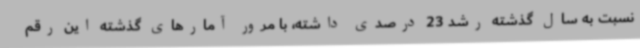
نسبت به سال گذشته رشد 23 درصدی داشته، با مرور آمارهای گذشته این رقم